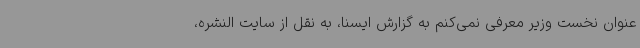
عنوان نخست وزیر معرفی نمی‌کنم به گزارش ایسنا، به نقل از سایت النشره،